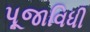
પૂજાવિધી